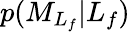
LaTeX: p({M}_{L_{f}}\vert L_{f})